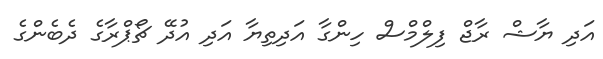
އަދި ޔާޝް ރާޖް ފިލްމްސް ހިންގާ އަދިތިޔާ އަދި އުދޭ ޗޯޕްރާގެ ދެބެންގެ